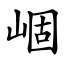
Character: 崓